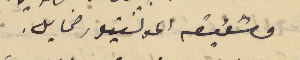
وشقيقه المونسنيور مخايل.